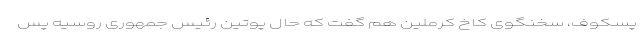
پسکوف، سخنگوی کاخ کرملین هم گفت که حال پوتین رئیس جمهوری روسیه پس